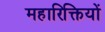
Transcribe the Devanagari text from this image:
महारिक्तियों